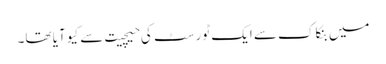
میں بنکاک سے ایک ٹورسٹ کی حیچیت سے کیو آیا تھا۔